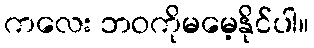
ကလေး ဘဝကိုမမေ့နိုင်ပါ။